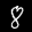
Label: 8